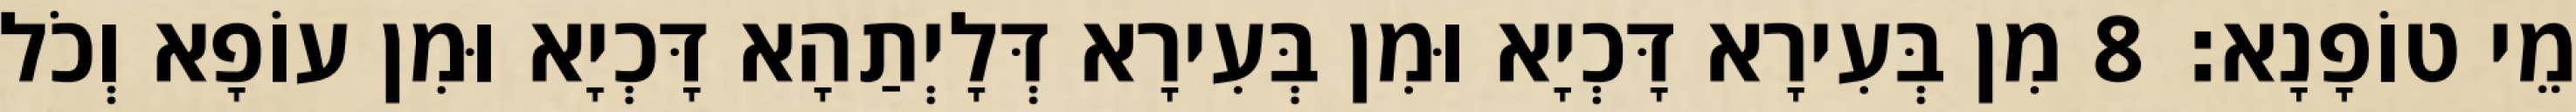
מֵי טוֹפָנָא׃ 8 מִן בְּעִירָא דָּכְיָא וּמִן בְּעִירָא דְּלָיְתַהָא דָּכְיָא וּמִן עוֹפָא וְכֹל